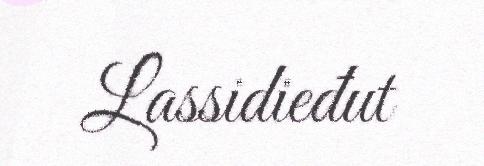
Lassidieđut